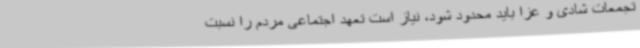
تجمعات شادی و عزا باید محدود شود، نیاز است تعهد اجتماعی مردم را نسبت